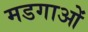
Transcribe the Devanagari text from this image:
मडगाओं